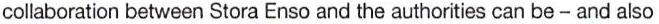
collaboration between Stora Enso and the authorities can be - and also